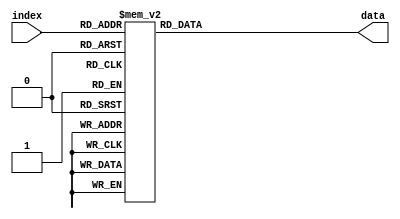
module DS0(index, data);

	/*
		I/O
	*/
	input [5:0] index;
	output reg [109:0] data; 
	
	/*
		Data
	*/
	always @(*)
	begin
		case(index)
			6'b000000:
			begin
				data[6:0] = 7'd77;
				data[7] = 1'd0;
				data[15:8] = 8'd255;
				data[23:16] = 8'd177;
				data[31:24] = 8'd100;
				data[47:32] = 16'd881;
				data[55:48] = 8'd239;
				data[63:56] = 8'd17;
				data[79:64] = 16'd56110;
				data[85:80] = 6'd1;
				data[109:86] = 24'd4272433;		
			end
			6'b000001:
			begin
				data[6:0] = 7'd77;
				data[7] = 1'd1;
				data[15:8] = 8'd255;
				data[23:16] = 8'd176;
				data[31:24] = 8'd100;
				data[47:32] = 16'd925;
				data[55:48] = 8'd239;
				data[63:56] = 8'd17;
				data[79:64] = 16'd3791;
				data[85:80] = 6'd1;
				data[109:86] = 24'd4272433;
			end 
			6'b000010:
			begin
				data[6:0] = 7'd77;
				data[7] = 1'd0;
				data[15:8] = 8'd255;
				data[23:16] = 8'd177;
				data[31:24] = 8'd100;
				data[47:32] = 16'd962;
				data[55:48] = 8'd239;
				data[63:56] = 8'd17;
				data[79:64] = 16'd63275;
				data[85:80] = 6'd1;
				data[109:86] = 24'd4272433;
			end 
			6'b000011:
			begin
				data[6:0] = 7'd77;
				data[7] = 1'd1;
				data[15:8] = 8'd255;
				data[23:16] = 8'd177;
				data[31:24] = 8'd100;
				data[47:32] = 16'd1011;
				data[55:48] = 8'd239;
				data[63:56] = 8'd17;
				data[79:64] = 16'd24574;
				data[85:80] = 6'd1;
				data[109:86] = 24'd4272433;
			end 
			6'b000100:
			begin
				data[6:0] = 7'd77;
				data[7] = 1'd1;
				data[15:8] = 8'd255;
				data[23:16] = 8'd185;
				data[31:24] = 8'd100;
				data[47:32] = 16'd1045;
				data[55:48] = 8'd239;
				data[63:56] = 8'd17;
				data[79:64] = 16'd40019;
				data[85:80] = 6'd1;
				data[109:86] = 24'd4272433;
			end 
			6'b000101:
			begin
				data[6:0] = 7'd77;
				data[7] = 1'd1;
				data[15:8] = 8'd255;
				data[23:16] = 8'd186;
				data[31:24] = 8'd100;
				data[47:32] = 16'd1094;
				data[55:48] = 8'd239;
				data[63:56] = 8'd17;
				data[79:64] = 16'd50527;
				data[85:80] = 6'd1;
				data[109:86] = 24'd4272433;
			end 
			6'b000110:
			begin
				data[6:0] = 7'd77;
				data[7] = 1'd0;
				data[15:8] = 8'd255;
				data[23:16] = 8'd177;
				data[31:24] = 8'd100;
				data[47:32] = 16'd1136;
				data[55:48] = 8'd239;
				data[63:56] = 8'd17;
				data[79:64] = 16'd60177;
				data[85:80] = 6'd1;
				data[109:86] = 24'd4272433;
			end 
			6'b000111:
			begin
				data[6:0] = 7'd77;
				data[7] = 1'd0;
				data[15:8] = 8'd255;
				data[23:16] = 8'd178;
				data[31:24] = 8'd100;
				data[47:32] = 16'd1178;
				data[55:48] = 8'd239;
				data[63:56] = 8'd17;
				data[79:64] = 16'd47222;
				data[85:80] = 6'd1;
				data[109:86] = 24'd4272433;
			end 
			6'b001000:
			begin
				data[6:0] = 7'd77;
				data[7] = 1'd0;
				data[15:8] = 8'd255;
				data[23:16] = 8'd177;
				data[31:24] = 8'd100;
				data[47:32] = 16'd1220;
				data[55:48] = 8'd239;
				data[63:56] = 8'd17;
				data[79:64] = 16'd42756;
				data[85:80] = 6'd1;
				data[109:86] = 24'd4272433;
			end
			6'b001001:
			begin
				data[6:0] = 7'd77;
				data[7] = 1'd0;
				data[15:8] = 8'd255;
				data[23:16] = 8'd177;
				data[31:24] = 8'd100;
				data[47:32] = 16'd1262;
				data[55:48] = 8'd239;
				data[63:56] = 8'd17;
				data[79:64] = 16'd61961;
				data[85:80] = 6'd1;
				data[109:86] = 24'd4272433;
			end
			6'b001010:
			begin
				data[6:0] = 7'd77;
				data[7] = 1'd0;
				data[15:8] = 8'd255;
				data[23:16] = 8'd183;
				data[31:24] = 8'd100;
				data[47:32] = 16'd1304;
				data[55:48] = 8'd239;
				data[63:56] = 8'd17;
				data[79:64] = 16'd7993;
				data[85:80] = 6'd1;
				data[109:86] = 24'd4272433;
			end
			6'b001011:
			begin
				data[6:0] = 7'd77;
				data[7] = 1'd0;
				data[15:8] = 8'd255;
				data[23:16] = 8'd178;
				data[31:24] = 8'd100;
				data[47:32] = 16'd1346;
				data[55:48] = 8'd239;
				data[63:56] = 8'd17;
				data[79:64] = 16'd17675;
				data[85:80] = 6'd1;
				data[109:86] = 24'd4272433;
			end
			6'b001100:
			begin
				data[6:0] = 7'd77;
				data[7] = 1'd0;
				data[15:8] = 8'd255;
				data[23:16] = 8'd178;
				data[31:24] = 8'd100;
				data[47:32] = 16'd1380;
				data[55:48] = 8'd239;
				data[63:56] = 8'd17;
				data[79:64] = 16'd57473;
				data[85:80] = 6'd1;
				data[109:86] = 24'd4272433;
			end
			6'b001101:
			begin
				data[6:0] = 7'd77;
				data[7] = 1'd0;
				data[15:8] = 8'd255;
				data[23:16] = 8'd177;
				data[31:24] = 8'd100;
				data[47:32] = 16'd1430;
				data[55:48] = 8'd239;
				data[63:56] = 8'd17;
				data[79:64] = 16'd53224;
				data[85:80] = 6'd1;
				data[109:86] = 24'd4272433;
			end
			6'b001110:
			begin
				data[6:0] = 7'd77;
				data[7] = 1'd0;
				data[15:8] = 8'd255;
				data[23:16] = 8'd178;
				data[31:24] = 8'd100;
				data[47:32] = 16'd1472;
				data[55:48] = 8'd239;
				data[63:56] = 8'd17;
				data[79:64] = 16'd61195;
				data[85:80] = 6'd1;
				data[109:86] = 24'd4272433;
			end
			6'b001111:
			begin
				data[6:0] = 7'd77;
				data[7] = 1'd1;
				data[15:8] = 8'd255;
				data[23:16] = 8'd185;
				data[31:24] = 8'd100;
				data[47:32] = 16'd1514;
				data[55:48] = 8'd239;
				data[63:56] = 8'd17;
				data[79:64] = 16'd46996;
				data[85:80] = 6'd1;
				data[109:86] = 24'd4272433;
			end
			6'b010000:
			begin
				data[6:0] = 7'd77;
				data[7] = 1'd1;
				data[15:8] = 8'd255;
				data[23:16] = 8'd177;
				data[31:24] = 8'd100;
				data[47:32] = 16'd1556;
				data[55:48] = 8'd239;
				data[63:56] = 8'd17;
				data[79:64] = 16'd145;
				data[85:80] = 6'd1;
				data[109:86] = 24'd4272433;
			end
			6'b010001:
			begin
				data[6:0] = 7'd77;
				data[7] = 1'd1;
				data[15:8] = 8'd255;
				data[23:16] = 8'd178;
				data[31:24] = 8'd100;
				data[47:32] = 16'd1598;
				data[55:48] = 8'd239;
				data[63:56] = 8'd17;
				data[79:64] = 16'd21191;
				data[85:80] = 6'd1;
				data[109:86] = 24'd4272433;
			end
			6'b010010:
			begin
				data[6:0] = 7'd77;
				data[7] = 1'd0;
				data[15:8] = 8'd255;
				data[23:16] = 8'd177;
				data[31:24] = 8'd100;
				data[47:32] = 16'd1635;
				data[55:48] = 8'd239;
				data[63:56] = 8'd17;
				data[79:64] = 16'd610;
				data[85:80] = 6'd1;
				data[109:86] = 24'd4272433;
			end
			6'b010011:
			begin
				data[6:0] = 7'd77;
				data[7] = 1'd1;
				data[15:8] = 8'd255;
				data[23:16] = 8'd177;
				data[31:24] = 8'd100;
				data[47:32] = 16'd1679;
				data[55:48] = 8'd239;
				data[63:56] = 8'd17;
				data[79:64] = 16'd4089;
				data[85:80] = 6'd1;
				data[109:86] = 24'd4272433;
			end
			6'b010100:
			begin
				data[6:0] = 7'd77;
				data[7] = 1'd0;
				data[15:8] = 8'd255;
				data[23:16] = 8'd178;
				data[31:24] = 8'd100;
				data[47:32] = 16'd1729;
				data[55:48] = 8'd239;
				data[63:56] = 8'd17;
				data[79:64] = 16'd20685;
				data[85:80] = 6'd1;
				data[109:86] = 24'd4272433;
			end
			6'b0010101:
			begin
				data[6:0] = 7'd77;
				data[7] = 1'd1;
				data[15:8] = 8'd255;
				data[23:16] = 8'd177;
				data[31:24] = 8'd100;
				data[47:32] = 16'd1766;
				data[55:48] = 8'd239;
				data[63:56] = 8'd17;
				data[79:64] = 16'd10459;
				data[85:80] = 6'd1;
				data[109:86] = 24'd4272433;
			end
			6'b0010110:
			begin
				data[6:0] = 7'd77;
				data[7] = 1'd1;
				data[15:8] = 8'd255;
				data[23:16] = 8'd178;
				data[31:24] = 8'd100;
				data[47:32] = 16'd1815;
				data[55:48] = 8'd239;
				data[63:56] = 8'd17;
				data[79:64] = 16'd57766;
				data[85:80] = 6'd1;
				data[109:86] = 24'd4272433;
			end
			6'b010111:
			begin
				data[6:0] = 7'd77;
				data[7] = 1'd0;
				data[15:8] = 8'd255;
				data[23:16] = 8'd177;
				data[31:24] = 8'd100;
				data[47:32] = 16'd1857;
				data[55:48] = 8'd239;
				data[63:56] = 8'd17;
				data[79:64] = 16'd48236;
				data[85:80] = 6'd1;
				data[109:86] = 24'd4272433;
			end
			6'b011000:
			begin
				data[6:0] = 7'd77;
				data[7] = 1'd1;
				data[15:8] = 8'd255;
				data[23:16] = 8'd177;
				data[31:24] = 8'd100;
				data[47:32] = 16'd1903;
				data[55:48] = 8'd239;
				data[63:56] = 8'd17;
				data[79:64] = 16'd36453;
				data[85:80] = 6'd1;
				data[109:86] = 24'd4272433;
			end
			6'b011001:
			begin
				data[6:0] = 7'd77;
				data[7] = 1'd0;
				data[15:8] = 8'd255;
				data[23:16] = 8'd183;
				data[31:24] = 8'd100;
				data[47:32] = 16'd1945;
				data[55:48] = 8'd239;
				data[63:56] = 8'd17;
				data[79:64] = 16'd22977;
				data[85:80] = 6'd1;
				data[109:86] = 24'd4272433;
			end
			6'b011010:
			begin
				data[6:0] = 7'd77;
				data[7] = 1'd0;
				data[15:8] = 8'd255;
				data[23:16] = 8'd177;
				data[31:24] = 8'd100;
				data[47:32] = 16'd1987;
				data[55:48] = 8'd239;
				data[63:56] = 8'd17;
				data[79:64] = 16'd13045;
				data[85:80] = 6'd1;
				data[109:86] = 24'd4272433;
			end
			6'b011011:
			begin
				data[6:0] = 7'd77;
				data[7] = 1'd0;
				data[15:8] = 8'd255;
				data[23:16] = 8'd177;
				data[31:24] = 8'd100;
				data[47:32] = 16'd2033;
				data[55:48] = 8'd239;
				data[63:56] = 8'd17;
				data[79:64] = 16'd40993;
				data[85:80] = 6'd1;
				data[109:86] = 24'd4272433;
			end
			6'b011100:
			begin
				data[6:0] = 7'd77;
				data[7] = 1'd1;
				data[15:8] = 8'd255;
				data[23:16] = 8'd177;
				data[31:24] = 8'd100;
				data[47:32] = 16'd2075;
				data[55:48] = 8'd239;
				data[63:56] = 8'd17;
				data[79:64] = 16'd45310;
				data[85:80] = 6'd1;
				data[109:86] = 24'd4272433;
			end
			6'b011101:
			begin
				data[6:0] = 7'd77;
				data[7] = 1'd1;
				data[15:8] = 8'd255;
				data[23:16] = 8'd177;
				data[31:24] = 8'd100;
				data[47:32] = 16'd2108;
				data[55:48] = 8'd239;
				data[63:56] = 8'd17;
				data[79:64] = 16'd62988;
				data[85:80] = 6'd1;
				data[109:86] = 24'd4272433;
			end
			6'b011110:
			begin
				data[6:0] = 7'd77;
				data[7] = 1'd1;
				data[15:8] = 8'd255;
				data[23:16] = 8'd177;
				data[31:24] = 8'd101;
				data[47:32] = 16'd2162;
				data[55:48] = 8'd239;
				data[63:56] = 8'd17;
				data[79:64] = 16'd50032;
				data[85:80] = 6'd1;
				data[109:86] = 24'd4272433;
			end
			6'b011111:
			begin
				data[6:0] = 7'd77;
				data[7] = 1'd1;
				data[15:8] = 8'd255;
				data[23:16] = 8'd178;
				data[31:24] = 8'd100;
				data[47:32] = 16'd2199;
				data[55:48] = 8'd239;
				data[63:56] = 8'd17;
				data[79:64] = 16'd22312;
				data[85:80] = 6'd1;
				data[109:86] = 24'd4272433;
			end
			6'b100000:
			begin
				data[6:0] = 7'd77;
				data[7] = 1'd0;
				data[15:8] = 8'd255;
				data[23:16] = 8'd177;
				data[31:24] = 8'd100;
				data[47:32] = 16'd2248;
				data[55:48] = 8'd239;
				data[63:56] = 8'd17;
				data[79:64] = 16'd48507;
				data[85:80] = 6'd1;
				data[109:86] = 24'd4272433;
			end
			6'b100001:
			begin
				data[6:0] = 7'd77;
				data[7] = 1'd0;
				data[15:8] = 8'd255;
				data[23:16] = 8'd178;
				data[31:24] = 8'd101;
				data[47:32] = 16'd2286;
				data[55:48] = 8'd239;
				data[63:56] = 8'd17;
				data[79:64] = 16'd3615;
				data[85:80] = 6'd1;
				data[109:86] = 24'd4272433;
			end
			6'b100010:
			begin
				data[6:0] = 7'd77;
				data[7] = 1'd1;
				data[15:8] = 8'd255;
				data[23:16] = 8'd177;
				data[31:24] = 8'd100;
				data[47:32] = 16'd2335;
				data[55:48] = 8'd239;
				data[63:56] = 8'd17;
				data[79:64] = 16'd31043;
				data[85:80] = 6'd1;
				data[109:86] = 24'd4272433;
			end
			6'b100011:
			begin
				data[6:0] = 7'd77;
				data[7] = 1'd0;
				data[15:8] = 8'd255;
				data[23:16] = 8'd177;
				data[31:24] = 8'd100;
				data[47:32] = 16'd2381;
				data[55:48] = 8'd239;
				data[63:56] = 8'd17;
				data[79:64] = 16'd65151;
				data[85:80] = 6'd1;
				data[109:86] = 24'd4272433;
			end
			6'b100100:
			begin
				data[6:0] = 7'd77;
				data[7] = 1'd0;
				data[15:8] = 8'd255;
				data[23:16] = 8'd177;
				data[31:24] = 8'd100;
				data[47:32] = 16'd2423;
				data[55:48] = 8'd239;
				data[63:56] = 8'd17;
				data[79:64] = 16'd45123;
				data[85:80] = 6'd1;
				data[109:86] = 24'd4272433;
			end
			6'b100101:
			begin
				data[6:0] = 7'd77;
				data[7] = 1'd0;
				data[15:8] = 8'd255;
				data[23:16] = 8'd177;
				data[31:24] = 8'd100;
				data[47:32] = 16'd2465;
				data[55:48] = 8'd239;
				data[63:56] = 8'd17;
				data[79:64] = 16'd47297;
				data[85:80] = 6'd1;
				data[109:86] = 24'd4272433;
			end
			6'b100110:
			begin
				data[6:0] = 7'd77;
				data[7] = 1'd0;
				data[15:8] = 8'd255;
				data[23:16] = 8'd177;
				data[31:24] = 8'd100;
				data[47:32] = 16'd2498;
				data[55:48] = 8'd239;
				data[63:56] = 8'd17;
				data[79:64] = 16'd1374;
				data[85:80] = 6'd1;
				data[109:86] = 24'd4272433;
			end
			6'b100111:
			begin
				data[6:0] = 7'd77;
				data[7] = 1'd0;
				data[15:8] = 8'd255;
				data[23:16] = 8'd180;
				data[31:24] = 8'd100;
				data[47:32] = 16'd2548;
				data[55:48] = 8'd239;
				data[63:56] = 8'd17;
				data[79:64] = 16'd8510;
				data[85:80] = 6'd1;
				data[109:86] = 24'd4272433;
			end
			6'b101000:
			begin
				data[6:0] = 7'd77;
				data[7] = 1'd1;
				data[15:8] = 8'd255;
				data[23:16] = 8'd178;
				data[31:24] = 8'd100;
				data[47:32] = 16'd2581;
				data[55:48] = 8'd239;
				data[63:56] = 8'd17;
				data[79:64] = 16'd3766;
				data[85:80] = 6'd1;
				data[109:86] = 24'd4272433;
			end
			6'b101001:
			begin
				data[6:0] = 7'd77;
				data[7] = 1'd0;
				data[15:8] = 8'd255;
				data[23:16] = 8'd178;
				data[31:24] = 8'd100;
				data[47:32] = 16'd2631;
				data[55:48] = 8'd239;
				data[63:56] = 8'd17;
				data[79:64] = 16'd15678;
				data[85:80] = 6'd1;
				data[109:86] = 24'd4272433;
			end
			6'b101010:
			begin
				data[6:0] = 7'd77;
				data[7] = 1'd0;
				data[15:8] = 8'd255;
				data[23:16] = 8'd178;
				data[31:24] = 8'd100;
				data[47:32] = 16'd2670;
				data[55:48] = 8'd239;
				data[63:56] = 8'd17;
				data[79:64] = 16'd46144;
				data[85:80] = 6'd1;
				data[109:86] = 24'd4272433;
			end
			6'b101011:
			begin
				data[6:0] = 7'd77;
				data[7] = 1'd1;
				data[15:8] = 8'd255;
				data[23:16] = 8'd176;
				data[31:24] = 8'd100;
				data[47:32] = 16'd2712;
				data[55:48] = 8'd239;
				data[63:56] = 8'd17;
				data[79:64] = 16'd43275;
				data[85:80] = 6'd1;
				data[109:86] = 24'd4272433;
			end
			6'b101100:
			begin
				data[6:0] = 7'd77;
				data[7] = 1'd1;
				data[15:8] = 8'd255;
				data[23:16] = 8'd185;
				data[31:24] = 8'd100;
				data[47:32] = 16'd2758;
				data[55:48] = 8'd239;
				data[63:56] = 8'd17;
				data[79:64] = 16'd6402;
				data[85:80] = 6'd1;
				data[109:86] = 24'd4272433;
			end
			6'b101101:
			begin
				data[6:0] = 7'd77;
				data[7] = 1'd0;
				data[15:8] = 8'd255;
				data[23:16] = 8'd178;
				data[31:24] = 8'd100;
				data[47:32] = 16'd2800;
				data[55:48] = 8'd239;
				data[63:56] = 8'd17;
				data[79:64] = 16'd28324;
				data[85:80] = 6'd1;
				data[109:86] = 24'd4272433;
			end
			6'b101110:
			begin
				data[6:0] = 7'd77;
				data[7] = 1'd0;
				data[15:8] = 8'd255;
				data[23:16] = 8'd177;
				data[31:24] = 8'd100;
				data[47:32] = 16'd2842;
				data[55:48] = 8'd239;
				data[63:56] = 8'd17;
				data[79:64] = 16'd41123;
				data[85:80] = 6'd1;
				data[109:86] = 24'd4272433;
			end
			6'b101111:
			begin
				data[6:0] = 7'd77;
				data[7] = 1'd0;
				data[15:8] = 8'd255;
				data[23:16] = 8'd178;
				data[31:24] = 8'd100;
				data[47:32] = 16'd2888;
				data[55:48] = 8'd239;
				data[63:56] = 8'd17;
				data[79:64] = 16'd25754;
				data[85:80] = 6'd1;
				data[109:86] = 24'd4272433;
			end
			6'b110000:
			begin
				data[6:0] = 7'd77;
				data[7] = 1'd1;
				data[15:8] = 8'd255;
				data[23:16] = 8'd177;
				data[31:24] = 8'd100;
				data[47:32] = 16'd2926;
				data[55:48] = 8'd239;
				data[63:56] = 8'd17;
				data[79:64] = 16'd43754;
				data[85:80] = 6'd1;
				data[109:86] = 24'd4272433;
			end
			6'b110001:
			begin
				data[6:0] = 7'd77;
				data[7] = 1'd0;
				data[15:8] = 8'd255;
				data[23:16] = 8'd177;
				data[31:24] = 8'd100;
				data[47:32] = 16'd2973;
				data[55:48] = 8'd239;
				data[63:56] = 8'd17;
				data[79:64] = 16'd37758;
				data[85:80] = 6'd1;
				data[109:86] = 24'd4272433;
			end
			6'b110010:
			begin
				data[6:0] = 7'd77;
				data[7] = 1'd0;
				data[15:8] = 8'd255;
				data[23:16] = 8'd177;
				data[31:24] = 8'd100;
				data[47:32] = 16'd3015;
				data[55:48] = 8'd239;
				data[63:56] = 8'd17;
				data[79:64] = 16'd62364;
				data[85:80] = 6'd1;
				data[109:86] = 24'd4272433;
			end
			6'b110011:
			begin
				data[6:0] = 7'd77;
				data[7] = 1'd1;
				data[15:8] = 8'd255;
				data[23:16] = 8'd177;
				data[31:24] = 8'd100;
				data[47:32] = 16'd3057;
				data[55:48] = 8'd239;
				data[63:56] = 8'd17;
				data[79:64] = 16'd48200;
				data[85:80] = 6'd1;
				data[109:86] = 24'd4272433;
			end
			6'b110100:
			begin
				data[6:0] = 7'd77;
				data[7] = 1'd1;
				data[15:8] = 8'd255;
				data[23:16] = 8'd178;
				data[31:24] = 8'd100;
				data[47:32] = 16'd3100;
				data[55:48] = 8'd239;
				data[63:56] = 8'd17;
				data[79:64] = 16'd56276;
				data[85:80] = 6'd1;
				data[109:86] = 24'd4272433;
			end
			6'b110101:
			begin
				data[6:0] = 7'd77;
				data[7] = 1'd0;
				data[15:8] = 8'd255;
				data[23:16] = 8'd178;
				data[31:24] = 8'd100;
				data[47:32] = 16'd3146;
				data[55:48] = 8'd239;
				data[63:56] = 8'd17;
				data[79:64] = 16'd59933;
				data[85:80] = 6'd1;
				data[109:86] = 24'd4272433;
			end
			6'b110110:
			begin
				data[6:0] = 7'd77;
				data[7] = 1'd0;
				data[15:8] = 8'd255;
				data[23:16] = 8'd177;
				data[31:24] = 8'd101;
				data[47:32] = 16'd3184;
				data[55:48] = 8'd239;
				data[63:56] = 8'd17;
				data[79:64] = 16'd30250;
				data[85:80] = 6'd1;
				data[109:86] = 24'd4272433;
			end
			6'b110111:
			begin
				data[6:0] = 7'd77;
				data[7] = 1'd1;
				data[15:8] = 8'd255;
				data[23:16] = 8'd178;
				data[31:24] = 8'd100;
				data[47:32] = 16'd3233;
				data[55:48] = 8'd239;
				data[63:56] = 8'd17;
				data[79:64] = 16'd49966;
				data[85:80] = 6'd1;
				data[109:86] = 24'd4272433;
			end
			6'b111000:
			begin
				data[6:0] = 7'd77;
				data[7] = 1'd1;
				data[15:8] = 8'd255;
				data[23:16] = 8'd177;
				data[31:24] = 8'd100;
				data[47:32] = 16'd3267;
				data[55:48] = 8'd239;
				data[63:56] = 8'd17;
				data[79:64] = 16'd662;
				data[85:80] = 6'd1;
				data[109:86] = 24'd4272433;
			end
			6'b111001:
			begin
				data[6:0] = 7'd77;
				data[7] = 1'd1;
				data[15:8] = 8'd255;
				data[23:16] = 8'd178;
				data[31:24] = 8'd100;
				data[47:32] = 16'd3308;
				data[55:48] = 8'd239;
				data[63:56] = 8'd17;
				data[79:64] = 16'd47031;
				data[85:80] = 6'd1;
				data[109:86] = 24'd4272433;
			end
			6'b111010:
			begin
				data[6:0] = 7'd77;
				data[7] = 1'd1;
				data[15:8] = 8'd255;
				data[23:16] = 8'd178;
				data[31:24] = 8'd100;
				data[47:32] = 16'd3349;
				data[55:48] = 8'd239;
				data[63:56] = 8'd17;
				data[79:64] = 16'd2734;
				data[85:80] = 6'd1;
				data[109:86] = 24'd4272433;
			end
			6'b111011:
			begin
				data[6:0] = 7'd77;
				data[7] = 1'd0;
				data[15:8] = 8'd255;
				data[23:16] = 8'd177;
				data[31:24] = 8'd101;
				data[47:32] = 16'd3390;
				data[55:48] = 8'd239;
				data[63:56] = 8'd17;
				data[79:64] = 16'd36121;
				data[85:80] = 6'd1;
				data[109:86] = 24'd4272433;
			end
			//change all data below
			6'b111100:
			begin
                data[6:0] = 7'd77;
                data[7] = 1'd0;
                data[15:8] = 8'd255;
                data[23:16] = 8'd177;
                data[31:24] = 8'd101;
                data[47:32] = 16'd3431;
                data[55:48] = 8'd239;
                data[63:56] = 8'd17;
                data[79:64] = 16'd3721;
                data[85:80] = 6'd1;
                data[109:86] = 24'd4272433;
			end
			6'b111101:
			begin
				data[6:0] = 7'd77;
                data[7] = 1'd0;
                data[15:8] = 8'd255;
                data[23:16] = 8'd177;
                data[31:24] = 8'd101;
                data[47:32] = 16'd3472;
                data[55:48] = 8'd239;
                data[63:56] = 8'd17;
                data[79:64] = 16'd36121;
                data[85:80] = 6'd1;
                data[109:86] = 24'd4272433;
			end
			6'b111110:
			begin
				data[6:0] = 7'd77;
                data[7] = 1'd0;
                data[15:8] = 8'd255;
                data[23:16] = 8'd177;
                data[31:24] = 8'd101;
                data[47:32] = 16'd3513;
                data[55:48] = 8'd239;
                data[63:56] = 8'd17;
                data[79:64] = 16'd31121;
                data[85:80] = 6'd1;
                data[109:86] = 24'd4272433;
			end
			6'b111111:
			begin
				data[6:0] = 7'd77;
                data[7] = 1'd0;
                data[15:8] = 8'd255;
                data[23:16] = 8'd177;
                data[31:24] = 8'd101;
                data[47:32] = 16'd3554;
                data[55:48] = 8'd239;
                data[63:56] = 8'd17;
                data[79:64] = 16'd3611;
                data[85:80] = 6'd1;
                data[109:86] = 24'd4272433;
			end
			default:
				data = 110'd0;
		endcase
	end
endmodule